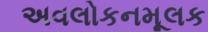
અવલોકનમૂલક